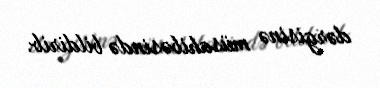
dərgisinə müsahibəsində bildirib.